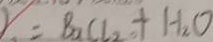
= B a C l _ { 2 } + H _ { 2 } O